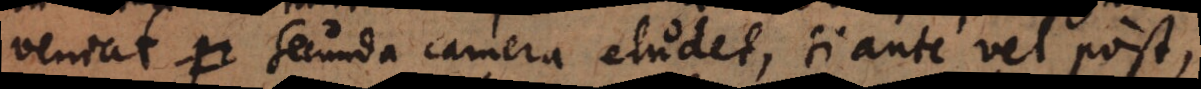
veniat secunda camera eludet, si ante vel post,